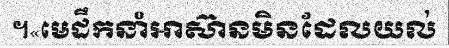
។«មេដឹកនាំអាស៊ានមិនដែលយល់